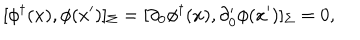
LaTeX: [ \phi ^ { \dagger } ( x ) , \phi ( x ^ { \prime } ) ] _ { \Sigma } = [ \partial _ { 0 } \phi ^ { \dagger } ( x ) , \partial _ { 0 } ^ { \prime } \phi ( x ^ { \prime } ) ] _ { \Sigma } = 0 ,